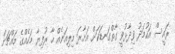
ރައީސް އަހުމަދު ވިދާޅުވީ ގާތްގަނޑަކަށް އަށާރަ މިލިއަނެއް ހާާ ރުފިޔާ މަހެއްގެ މަައްޗަށް